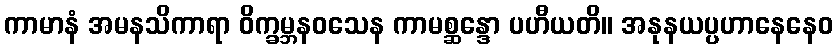
ကာမာနံ အမနသိကာရာ ဝိက္ခမ္ဘနဝသေန ကာမစ္ဆန္ဒော ပဟီယတိ။ အနုနယပ္ပဟာနေနေဝ